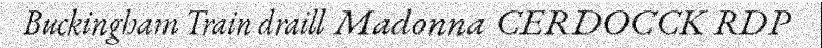
Buckingham Train draill Madonna CERDOCCK RDP